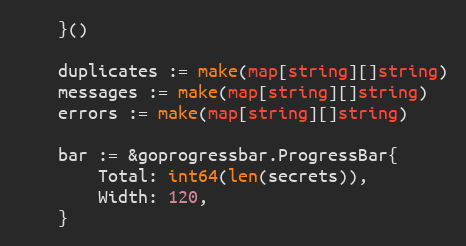
Language: Go
	}()

	duplicates := make(map[string][]string)
	messages := make(map[string][]string)
	errors := make(map[string][]string)

	bar := &goprogressbar.ProgressBar{
		Total: int64(len(secrets)),
		Width: 120,
	}